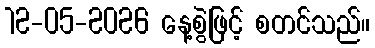
12-05-2026 နေ့စွဲဖြင့် စတင်သည်။